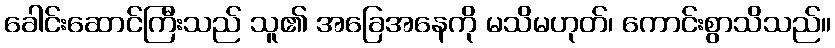
ခေါင်းဆောင်ကြီးသည် သူ၏ အခြေအနေကို မသိမဟုတ်၊ ကောင်းစွာသိသည်။